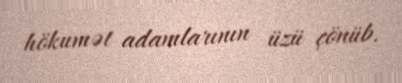
hökumət adamlarının üzü çönüb.